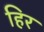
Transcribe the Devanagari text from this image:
हिर